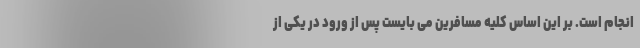
انجام است. بر این اساس کلیه مسافرین می بایست پس از ورود در یکی از